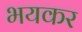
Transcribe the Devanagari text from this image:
भयकर